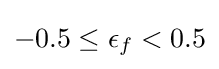
-0.5\leq \epsilon _{f}<0.5